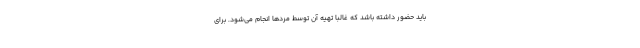
باید حضور داشته باشد که غالبا تهیه آن توسط مرد‌ها انجام می‌شود. برای